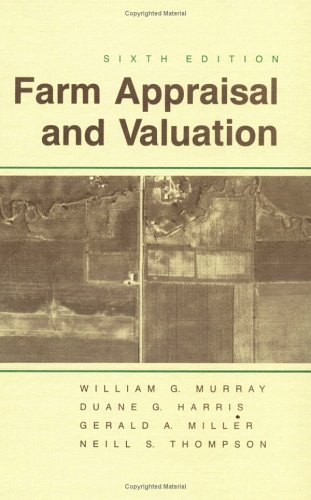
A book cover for Farm Appraisal and Valuation; Murray; Science & Math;